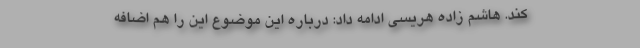
کند. هاشم زاده هریسی ادامه داد: درباره این موضوع این را هم اضافه